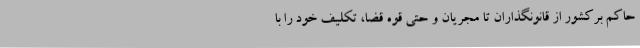
حاکم برکشور از قانونگذاران تا مجریان و حتی قوه قضا، تکلیف خود را با